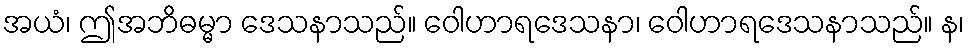
အယံ၊ ဤအဘိဓမ္မာ ဒေသနာသည်။ ဝေါဟာရဒေသနာ၊ ဝေါဟာရဒေသနာသည်။ န၊